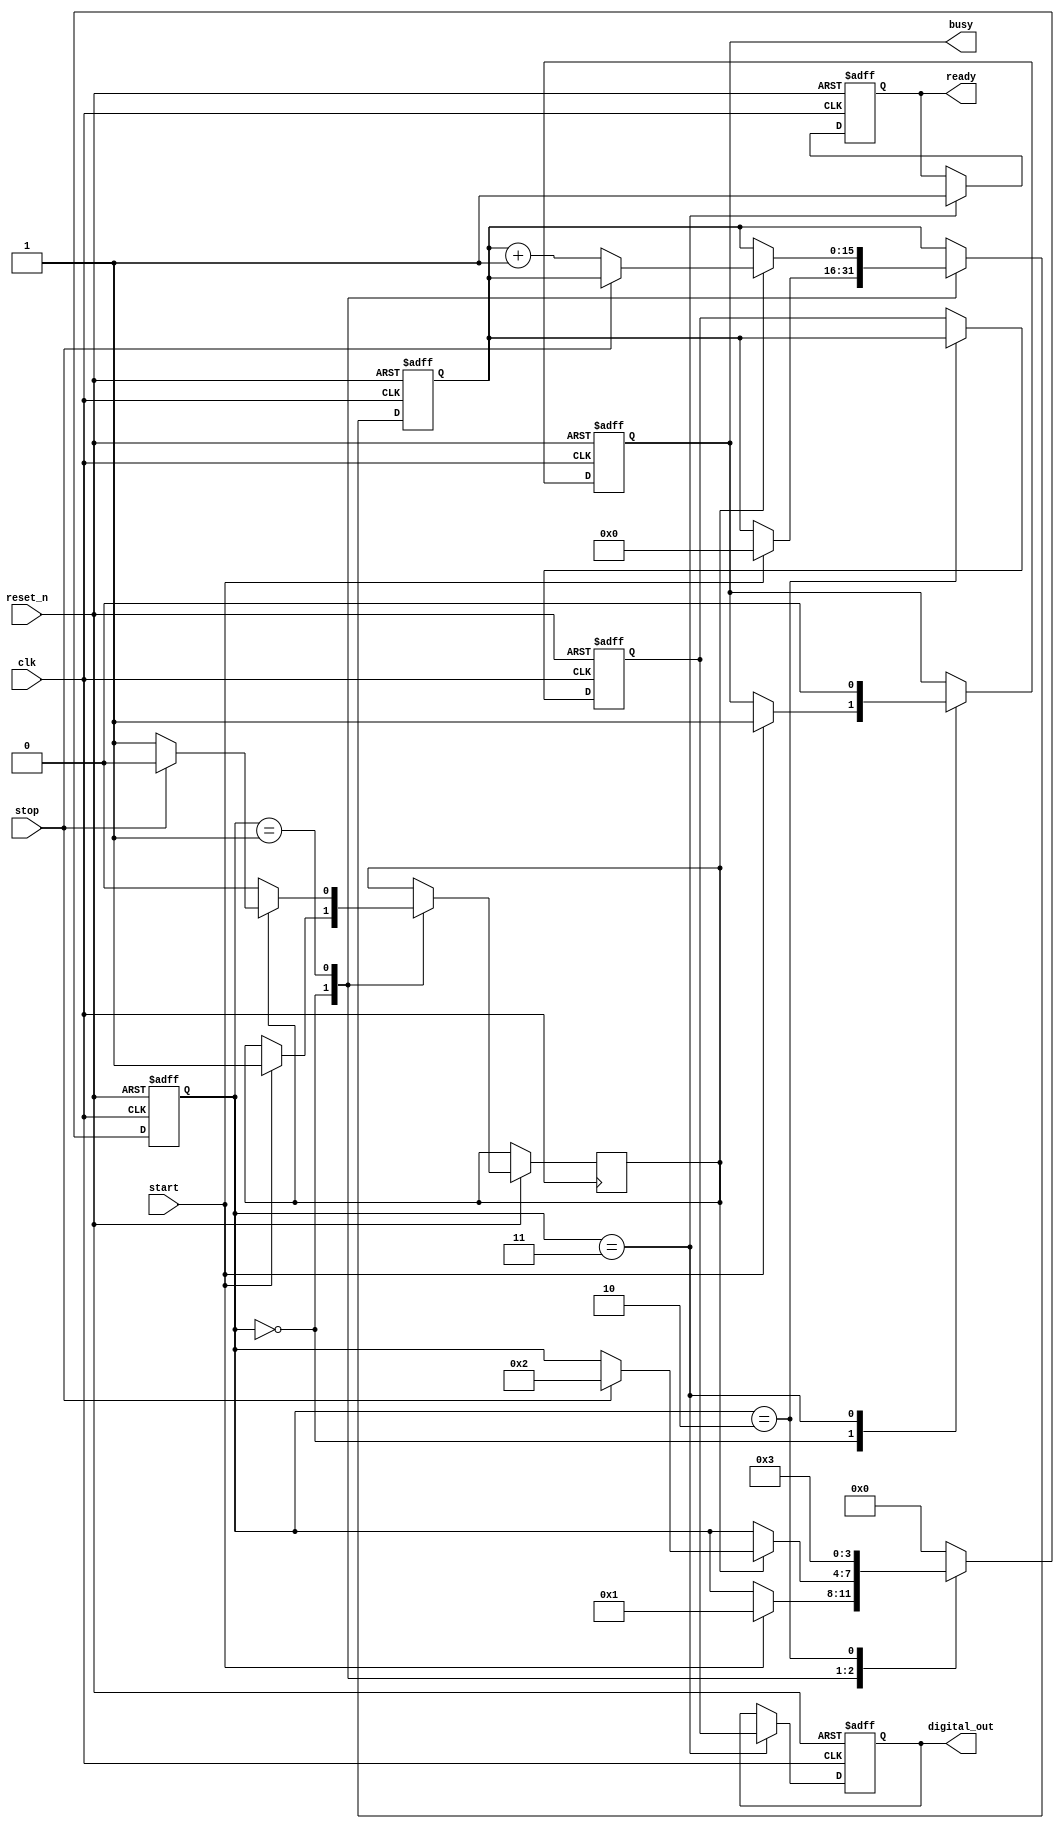
module TDC (
    input wire clk,                // System clock
    input wire reset_n,            // Active low reset
    input wire start,              // Start signal
    input wire stop,               // Stop signal
    output reg [15:0] digital_out, // Digital output
    output reg ready,              // Ready signal
    output reg busy                // Busy signal
);

// Internal signals
reg [15:0] counter;               // Digital counter
reg [15:0] memory;                // Memory block to store count
reg measuring;                    // Measurement state
reg [3:0] state;                  // FSM state

// States for FSM
parameter IDLE = 4'b0000;
parameter MEASURE = 4'b0001;
parameter STORE = 4'b0010;
parameter OUTPUT = 4'b0011;

// Clock divider for high-frequency sampling (example: 1 ns resolution)
reg [3:0] clk_div;                // Clock divider
always @(posedge clk or negedge reset_n) begin
    if (!reset_n) 
        clk_div <= 0;
    else 
        clk_div <= clk_div + 1;
end

// Measurement control FSM
always @(posedge clk or negedge reset_n) begin
    if (!reset_n) begin
        state <= IDLE;
        ready <= 1;
        busy <= 0;
        counter <= 0;
        memory <= 0;
        digital_out <= 0;
    end else begin
        case (state)
            IDLE: begin
                if (start) begin
                    measuring <= 1;
                    busy <= 1;
                    counter <= 0;
                    state <= MEASURE;
                end
            end
            
            MEASURE: begin
                if (measuring) begin
                    if (stop) begin
                        measuring <= 0;
                        state <= STORE;
                    end else begin
                        counter <= counter + 1; // Increment counter on clock edges
                    end
                end
            end
            
            STORE: begin
                memory <= counter;         // Store count value
                state <= OUTPUT;
            end
            
            OUTPUT: begin
                digital_out <= memory;     // Output the stored value
                ready <= 1;                // Indicate ready for new measurement
                busy <= 0;                 // Measurement complete
                state <= IDLE;             // Go back to idle state
            end
            
            default: state <= IDLE;      // Default case
        endcase
    end
end

endmodule